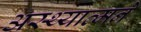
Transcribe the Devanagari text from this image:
अस्थ्यात्मने